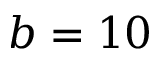
b = 1 0